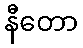
နီတော